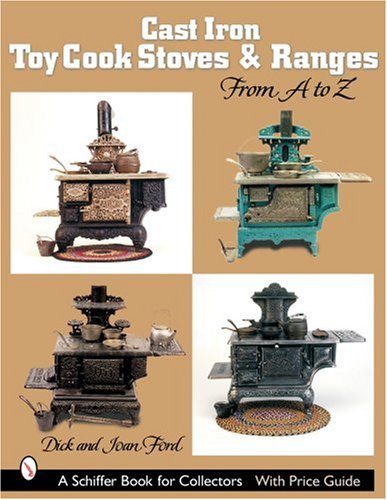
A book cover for Cast Iron Toy Cook Stoves And Ranges: From a to Z (Schiffer Book for Collectors); Dick Ford; Crafts, Hobbies & Home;